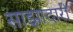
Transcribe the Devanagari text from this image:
साझादारी